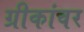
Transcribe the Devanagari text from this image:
ग्रीकांवर